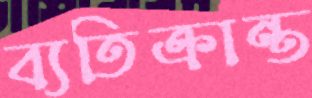
ব্যতিক্রান্ত